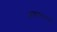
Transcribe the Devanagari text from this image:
अश्वमानव